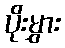
ပိုးမွှား